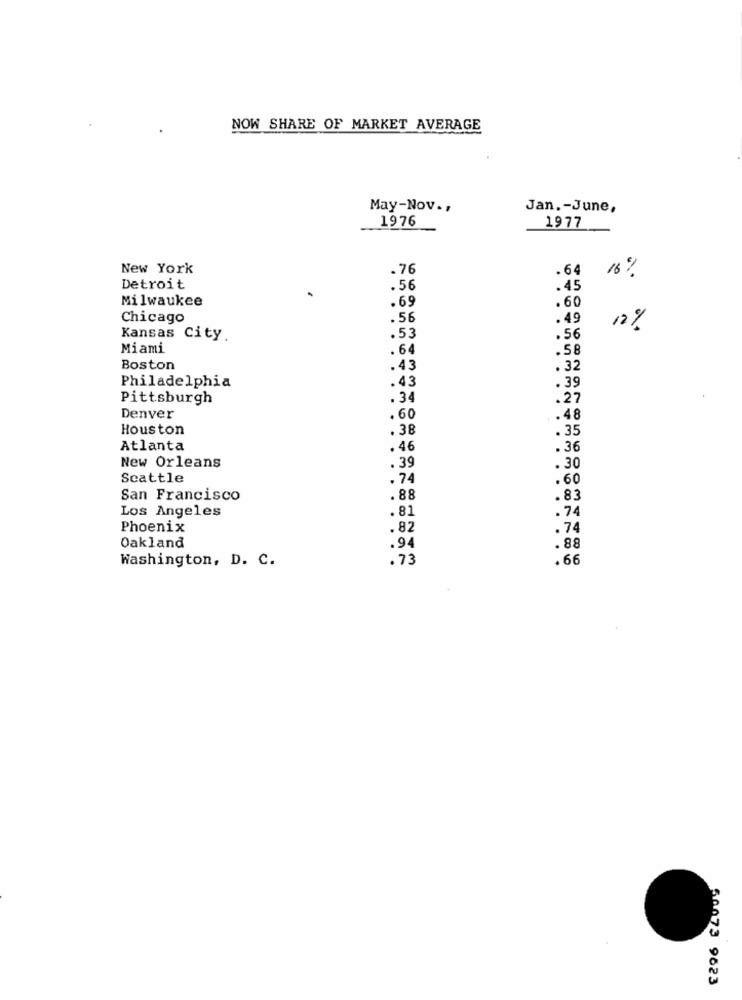
NOW SHARE OF MARKET AVERAGE
May-Nov .,
Jan .- June,
1976
1977
New York
.76
.64
16%
Detroit
.56
.45
Milwaukee
.69
.60
Chicago
.56
.49
12%
Kansas City
.53
.56
Miami
.64
.58
Boston
.43
. 32
.43
Philadelphia
. 39
Pittsburgh
.34
. 27
Denver
.60
.48
Houston
. 38
. 35
Atlanta
.46
.36
.39
New Orleans
.30
Seattle
.74
.60
San Francisco
.88
.83
Los Angeles
.74
.81
Phoenix
.82
.74
Oakland
.94
.88
Washington, D. C.
.73
.66
50073 9623